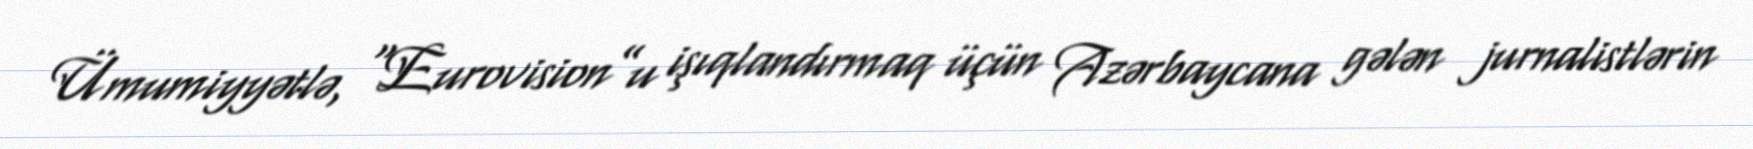
Ümumiyyətlə, “Eurovision”u işıqlandırmaq üçün Azərbaycana gələn jurnalistlərin